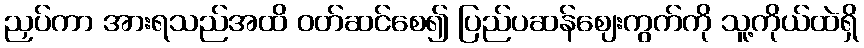
ညှပ်ကာ အားရသည်အထိ ဝတ်ဆင်စေ၍ ပြည်ပဆန်ဈေးကွက်ကို သူ့ကိုယ်ထဲရှိ